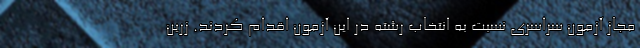
مجاز آزمون سراسری نسبت به انتخاب رشته در این آزمون اقدام کردند. زرین